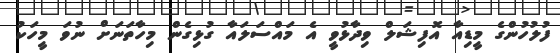
ފުލުހުންގެ މީޑިއާ އޮފިޝަލް ވިދާޅުވީ އެ މައްސަލައާ ގުޅިގެން މިހާތަނަށް ނުވަ މީހަކު